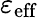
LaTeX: \varepsilon_{\textrm{eff}}